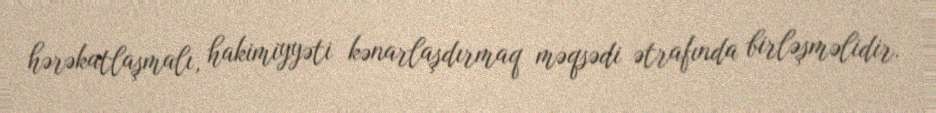
hərəkatlaşmalı, hakimiyyəti kənarlaşdırmaq məqsədi ətrafında birləşməlidir.